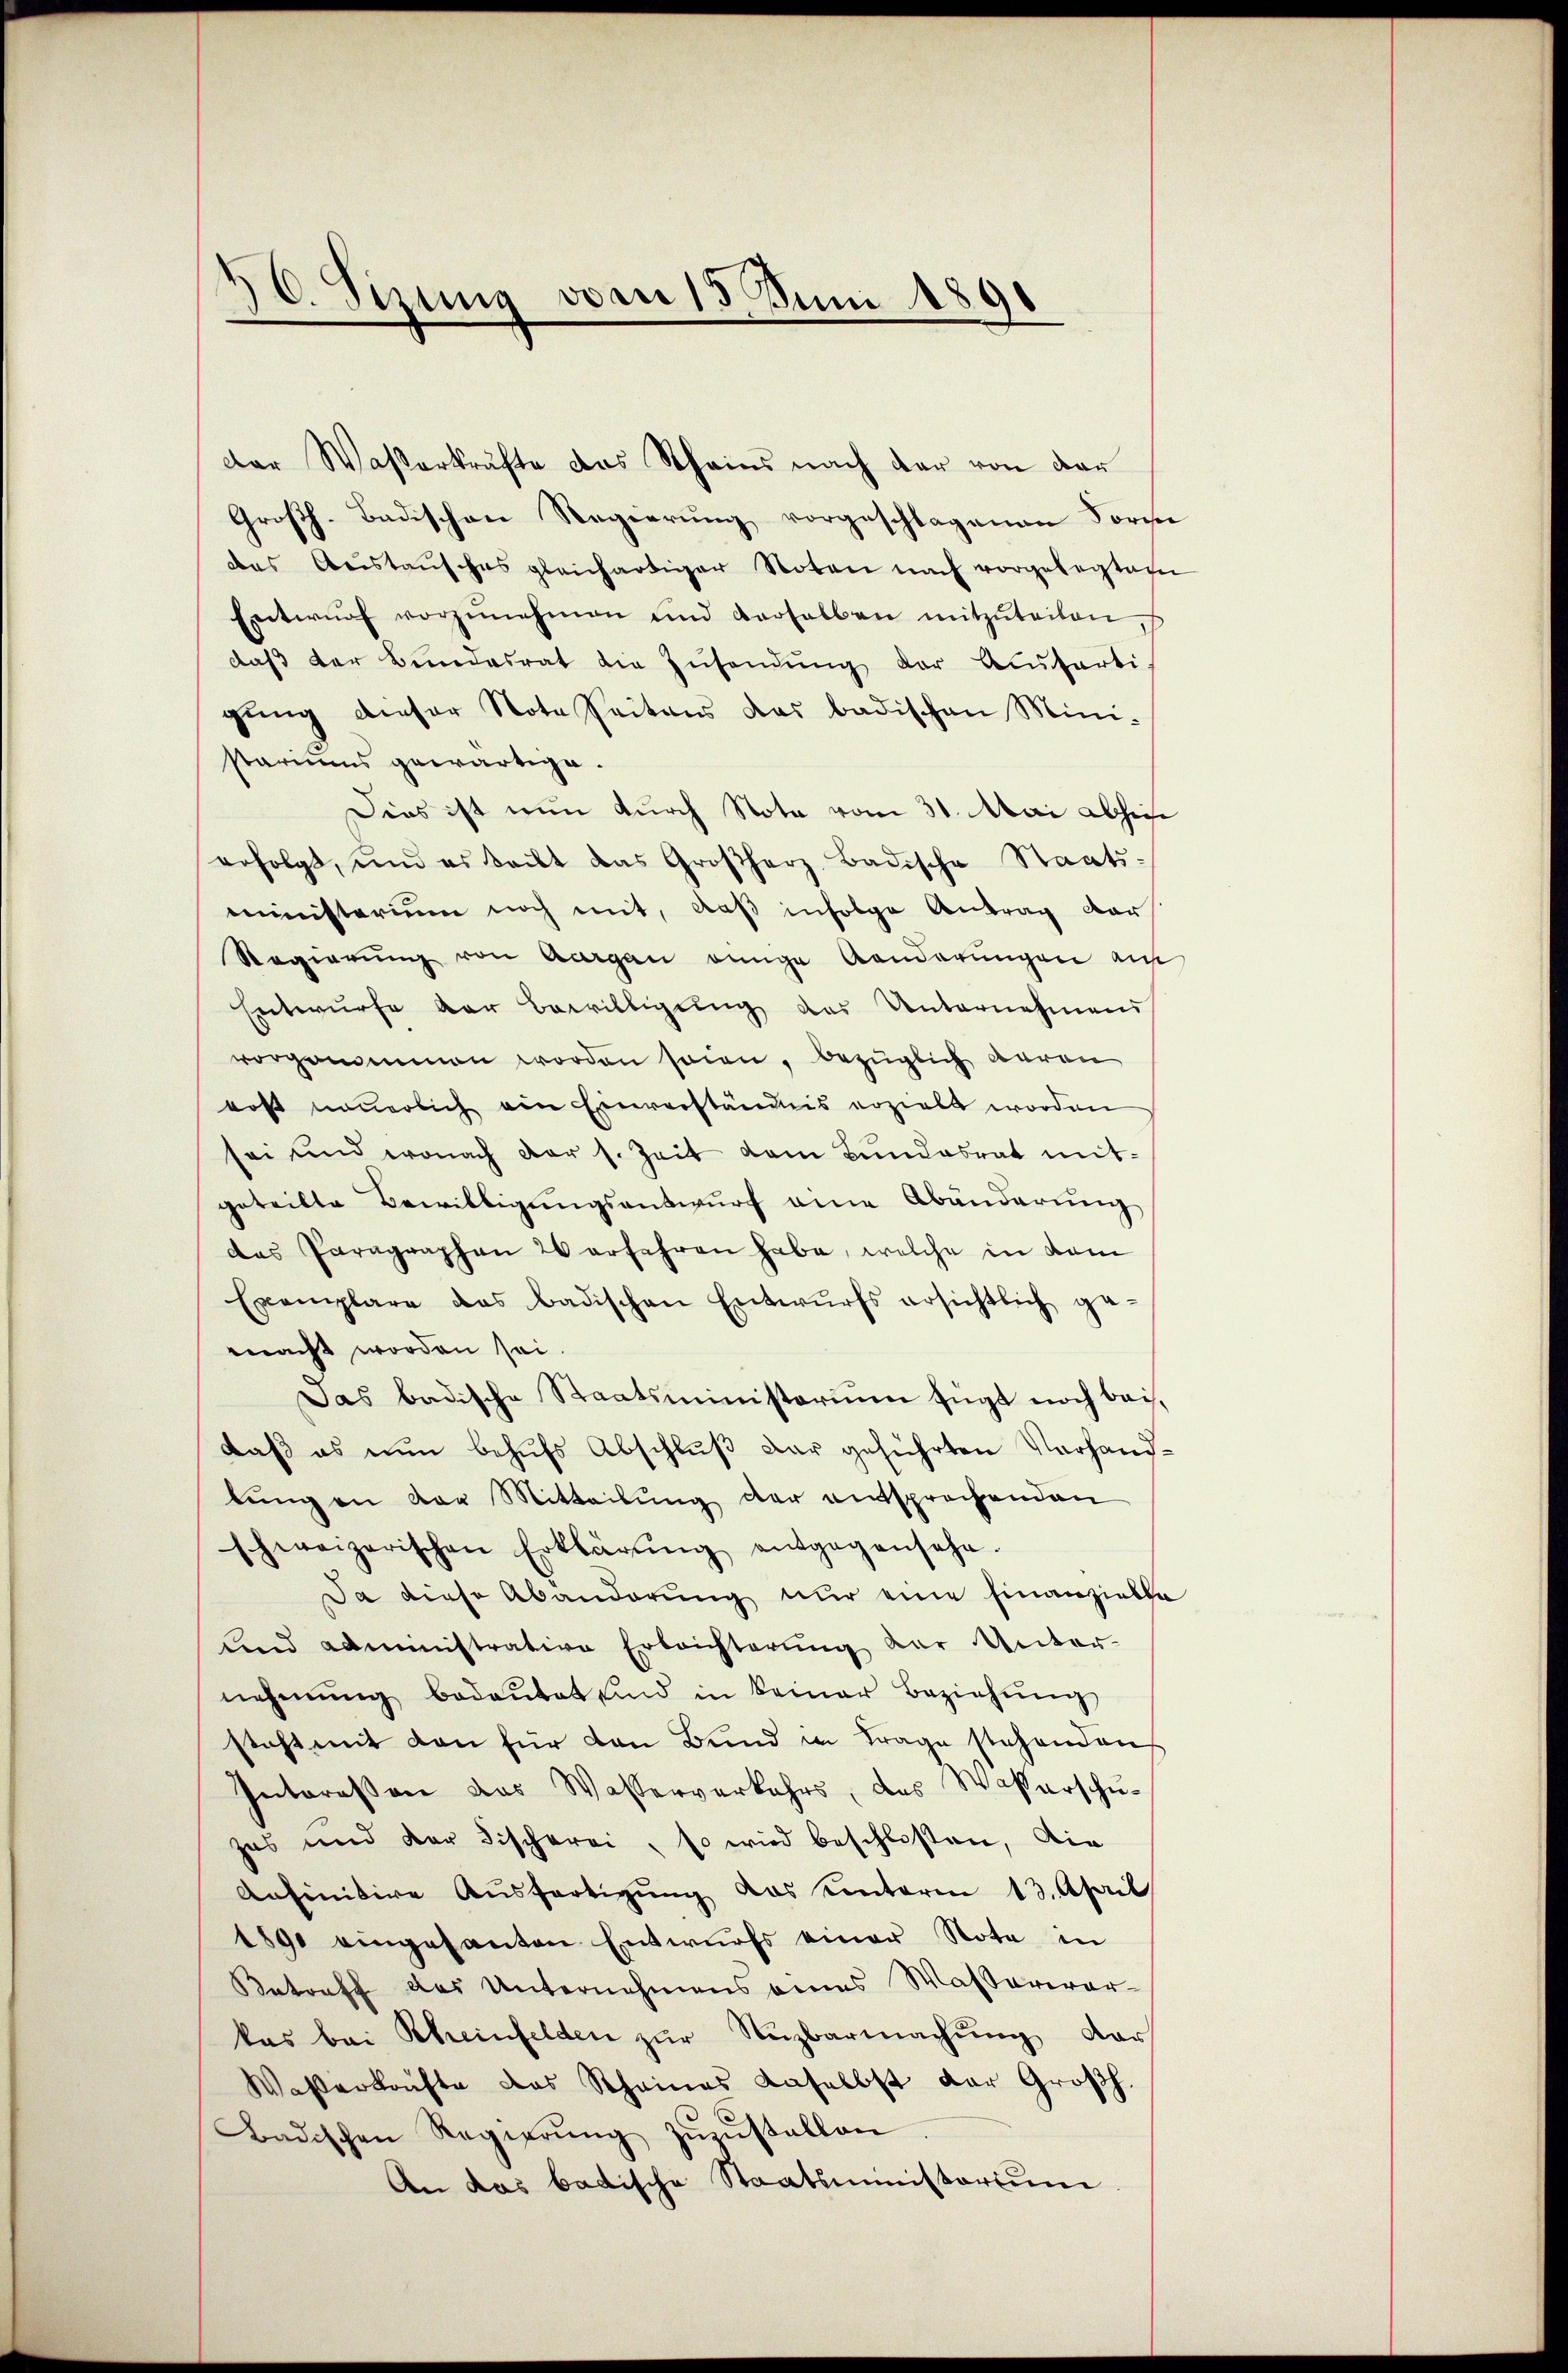
30. Sizung vom 15. Juni 1890

Großh-Badischen Regierung vorgeschlagenen Forme
das Aristaŭsches gleichartiger Noten nach vorgelegten
Entwŭrf vorzŭnehmen und verhalben mitzŭteilen
daβ der Bundesrat die Zŭsendŭng der Ausferti
gŭng dieser Note Seitens das badischen Mini-
stariums gewärtige.
Dies ist nun durch Nota vom 31. Mai abhin
erfolgt, und es beibt das Großherz, Badische Staats-
ministerium noch mit, daß infolge Antrag dar
Regierung von Aargau einige Aenderungen auf
Entwurfe der Bewilligung des Unternehmens
vorgenommen worden seien, bezüglich waren
rost neuerlich ein Einverständnis erzielt worden
sei und wonach der s. Zeit dem Bŭndesrat mit-
geteilte Bewilligungsantwurf eine Abänderung
das Paragraphen 20 erfahren habe, welche in dam
Exemplare das Badischen Entwurfs ersichtlich ge-
macht worden sei.
Das badische Staatsministerium fügt noch bei,
daß es nun behŭfs Abschluß dar geführten Vorhandlung an der Mitteilung der entsprochenden
schweizerischen Erklärŭng entgegensehe.
Da diese Abanderung nur eine Finanzielle
und administrative Erleichterung der Unter-
nehmung bedaŭtet sind in keiner Beziehŭng
steht mit den für den Bund in Frage stehenden
Interessen das Wasserverkehrs, das Wasserschuzes und der Fischerei, so wird beschlossen, die
Anfinitive Aŭsfertigŭng das unterm 13. April
1890 eingesanten Entwurfs einer Note in
Betreff des Unternehmens eines Wasserwarkas bei Scheinfelden zŭr Unzbarmachŭng dar
Waßerkräfte das Scheines daselbst der Großh.
Badischen Regierŭng zŭzŭstellen
An das badische Staatsministerium.

Der Waßerkräfte das Scheins nach der von der